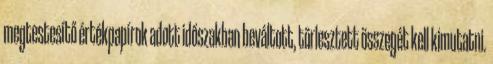
megtestesítő értékpapírok adott időszakban beváltott, törlesztett összegét kell kimutatni.